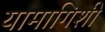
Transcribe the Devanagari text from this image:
यामागिशी